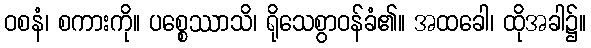
ဝစနံ၊ စကားကို။ ပစ္စေဿာသိ၊ ရိုသေစွာဝန်ခံ၏။ အထခေါ၊ ထိုအခါ၌။